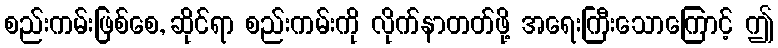
စည်းကမ်းဖြစ်စေ, ဆိုင်ရာ စည်းကမ်းကို လိုက်နာတတ်ဖို့ အရေးကြီးသောကြောင့် ဤ